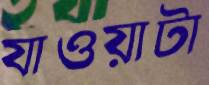
যাওয়াটা